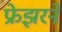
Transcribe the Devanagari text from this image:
फ्रेझरने